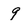
Character: 9